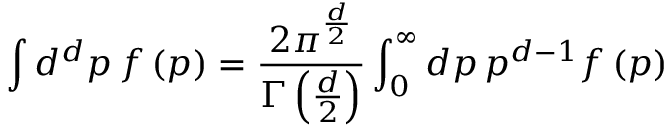
\int d ^ { d } p \, f \left( p \right) = \frac { 2 \pi ^ { \frac { d } { 2 } } } { \Gamma \left( \frac { d } { 2 } \right) } \int _ { 0 } ^ { \infty } d p \, p ^ { d - 1 } f \left( p \right)